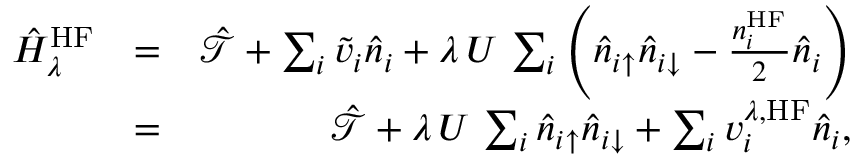
\begin{array} { r l r } { \hat { H } _ { \lambda } ^ { \mathrm { H F } } } & { = } & { \hat { \mathcal { T } } + \sum _ { i } \tilde { v } _ { i } \hat { n } _ { i } + \lambda \, U \, \sum _ { i } \left( \hat { n } _ { i \uparrow } \hat { n } _ { i \downarrow } - \frac { n _ { i } ^ { \mathrm { H F } } } { 2 } \hat { n } _ { i } \right) } \\ & { = } & { \hat { \mathcal { T } } + \lambda \, U \, \sum _ { i } \hat { n } _ { i \uparrow } \hat { n } _ { i \downarrow } + \sum _ { i } v _ { i } ^ { \lambda , \mathrm { H F } } \hat { n } _ { i } , } \end{array}